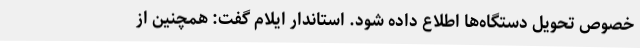
خصوص تحویل دستگاه‌ها اطلاع داده شود. استاندار ایلام گفت: همچنین از